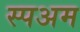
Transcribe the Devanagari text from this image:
स्पअम